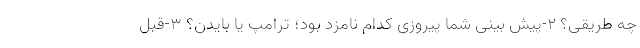
چه طریقی؟ 2-پیش بینی شما پیروزی کدام نامزد بود؛ ترامپ یا بایدن؟ 3-قبل